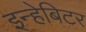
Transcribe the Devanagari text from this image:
इन्हेबिटर